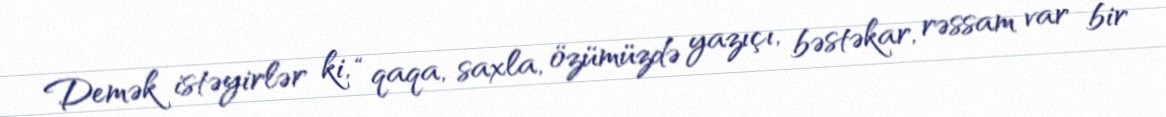
Demək istəyirlər ki, “qaqa, saxla, özümüzdə yazıçı, bəstəkar, rəssam var bir